Cholera in southern India
Disease focus: Cholera
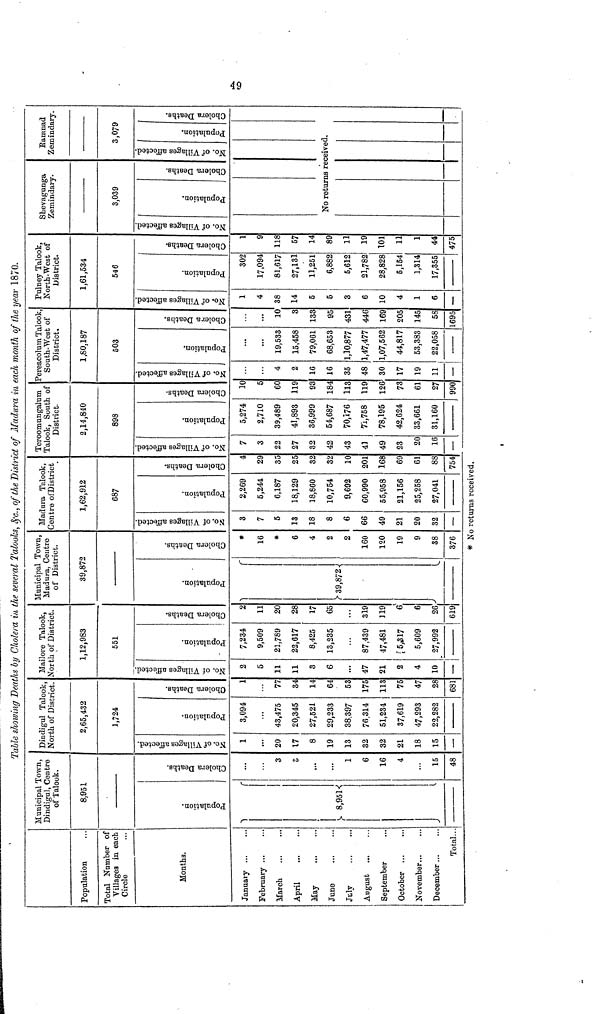
Talle showing Deaths by Cholera in the several Talooks, &c., of the District of Madura in each month of the year 1870.
Population
Total Number of
Villages in each
Circle
Months.
January ...
February ...
March
April
May
June
July
August
September
October
November
December..
Total
Municipal Town,
Dindigul, Centre
of Talook.
8,951
Population.
8,95l
Cholera Deaths.
3
3
...
1
6
16
4
15
48
Dindigul Talook,
North of District.
2,65,432
1,724
No. of Tillages affected.
1
20
17
8
19
13
32
32
21
18
15
—
Population.
3,094
43,475
20,345
27,521
29,233
38,397
7ß,314
51,234
37,619
47,293
22,282
Cholera Deaths.
1
77
34
14
64
53
175
113
75
47
28
681
Mailore Talook,
North of District.
1,12,983
551
No. of Villages affected.
2
5
11
11
3
6
47
21
2
4
10
Population.
7,234
9,509
21,789
22,617
8,425
13,235
87,439
47,481
5,317
5,609
27,992
Cholera Deaths.
2
11
20
28
17
65
319
119
6
6
26
619
Municipal Town,
Madura, Centre
of District.
39,872
Population.
39,872
Cholera Deaths.
#
16
#
6
4
2
2
160
120
19
9
38
376
Madura Talook,
Centre of District
1,62,912
687
No. of Villages affected.
3
7
5
13
18
8
6
66
49
21
20
32
—
Population.
2,269
5,244
6,187
18,129
18,860
10,754
9,692
60,990
55,958
21,156
25,258
27,041
Cholera Deaths.
4
29
35
25
32
32
10
201
168
69
61
88
754
Teroomungalum
Talook, South of
District.
2,14,840
898
No. of Villages affected.
7
3
22
27
32
42
43
41
49
23
20
16
—
Population.
5,274
2,710
39,489
41,893
36,999
54,687
70,176
71,758
78,195
42,624
33,661
31,160
Cholera Deaths.
10
r
60
119
93
184
113
119
126
73
61
27
990
Pereacolum Talook
South-West of
District.
1,80,187
503
No. of Villages affected.
4
2
16
16
35
48
30
17
19
11
Population.
...
19,533
15,458
79,061
68,653
1,10,877
1,47,477
1,07,562
44,817
53,383
22,058
Cholera Deaths.
...
10
3
133
95
431
446
169
205
145
58
1695
Pulney Talook,
North-West of
District.
1,61,534
546
No. of Villages affected.
1
4
38
14
5
5
3
6
10
4
1
6
—
Population.
302
17,094
81,617
27,131
11,251
6,882
5,612
21,782
28,828
6,154
1,314
17,355
Cholera Deaths.
1
9
118
57
14
89
11
19
101
11
1
44
475
Shevagunga
Zemindary.
3,039
No. of Villages affected.
Population.
Cholera Deaths.
Eamnad
Zemindary.
3,079
No. of Villages affected.
Population.
No returns received.
Cholera Deaths.
* No returns received.